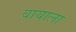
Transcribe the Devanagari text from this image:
वायाला